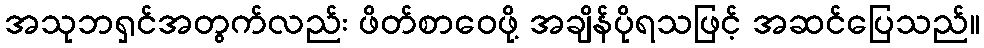
အသုဘရှင်အတွက်လည်း ဖိတ်စာဝေဖို့ အချိန်ပိုရသဖြင့် အဆင်ပြေသည်။